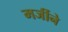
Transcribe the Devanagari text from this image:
मर्जीने